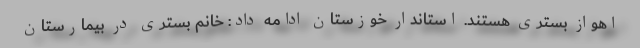
اهواز بستری هستند. استاندار خوزستان ادامه داد: خانم بستری در بیمارستان